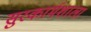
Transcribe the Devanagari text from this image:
सुरकार्मशाला